Scottish Leaving Certificate Examination, 1952
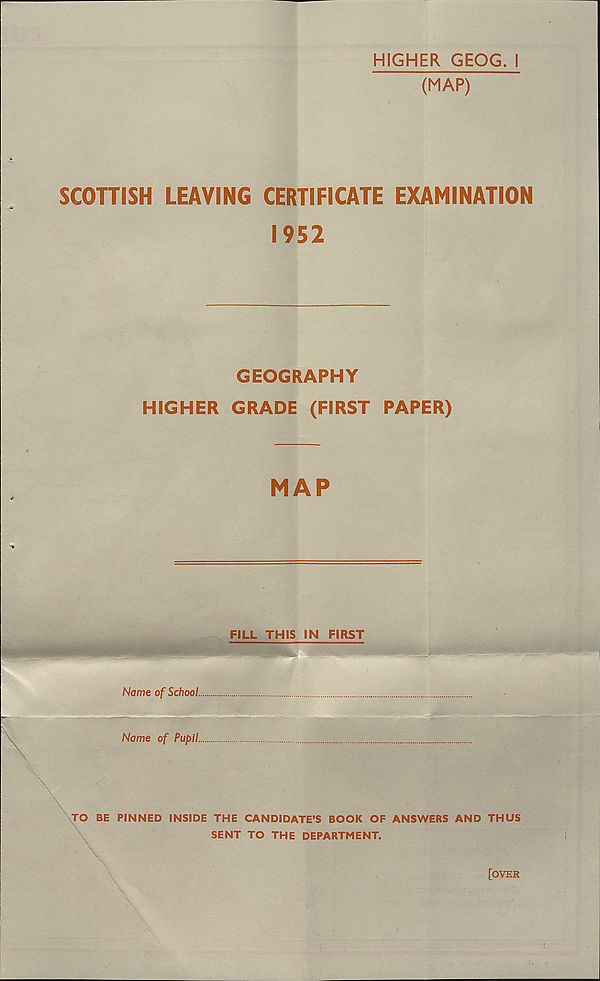
HIGHER GEOG. I
(MAP)
SCOHISH LEAVING CERTIFICATE EXAMINATION
1952
GEOGRAPHY
HIGHER GRADE (FIRST PAPER)
MAP
FILL THIS IN FIRST
Name of School.
Name of Pupil.
TO BE PINNED INSIDE THE CANDIDATE’S BOOK OF ANSWERS AND THUS
SENT TO THE DEPARTMENT.
[OVER